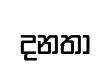
දනතා